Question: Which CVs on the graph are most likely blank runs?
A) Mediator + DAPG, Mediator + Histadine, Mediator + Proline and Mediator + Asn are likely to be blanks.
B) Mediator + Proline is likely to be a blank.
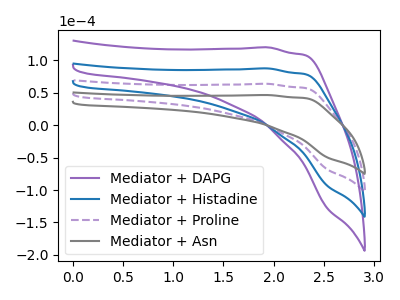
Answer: <think>The purple curve "Mediator + DAPG" has no peaks. The blue curve "Mediator + Histadine" has no peaks. The purple dashed curve "Mediator + Proline" has no peaks. The gray curve "Mediator + Asn" has no peaks.</think>
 <answer>A) "Mediator + DAPG", "Mediator + Histadine", "Mediator + Proline" and "Mediator + Asn" are likely to be blanks.</answer>
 <eval>A</eval>